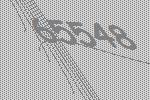
65548